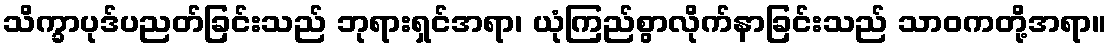
သိက္ခာပုဒ်ပညတ်ခြင်းသည် ဘုရားရှင်အရာ၊ ယုံကြည်စွာလိုက်နာခြင်းသည် သာဝကတို့အရာ။